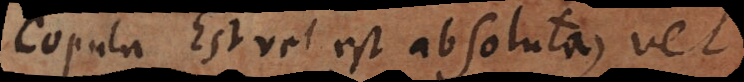
Copula Est vel est absoluta, vel